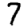
Digit: 7